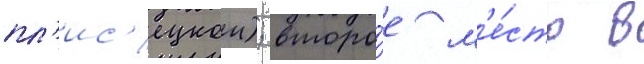
пл'ис'ецкои); второ́е м'е́сто в